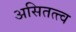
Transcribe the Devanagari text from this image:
असितत्त्व